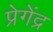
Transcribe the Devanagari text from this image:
प्रेगेंद्र